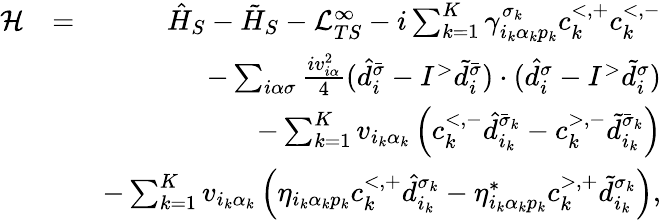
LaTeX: \begin{array}{rlr}{\mathcal{H}}&{=}&{\hat{H}_{S}-\tilde{H}_{S}-\mathcal{L}_{TS}^{\infty}-i\sum_{k=1}^{K}\gamma_{i_{k}\alpha_{k}p_{k}}^{\sigma_{k}}c_{k}^{<,+}c_{k}^{<,-}}\\ &{}&{-\sum_{i\alpha\sigma}\frac{iv_{i\alpha}^{2}}{4}(\hat{d}_{i}^{\bar{\sigma}}-I^{>}\tilde{d}_{i}^{\bar{\sigma}})\cdot(\hat{d}_{i}^{\sigma}-I^{>}\tilde{d}_{i}^{\sigma})}\\ &{}&{-\sum_{k=1}^{K}v_{i_{k}\alpha_{k}}\left(c_{k}^{<,-}\hat{d}_{i_{k}}^{\bar{\sigma}_{k}}-c_{k}^{>,-}\tilde{d}_{i_{k}}^{\bar{\sigma}_{k}}\right)}\\ &{}&{-\sum_{k=1}^{K}v_{i_{k}\alpha_{k}}\left(\eta_{i_{k}\alpha_{k}p_{k}}c_{k}^{<,+}\hat{d}_{i_{k}}^{\sigma_{k}}-\eta_{i_{k}\alpha_{k}p_{k}}^{*}c_{k}^{>,+}\tilde{d}_{i_{k}}^{\sigma_{k}}\right),}\end{array}